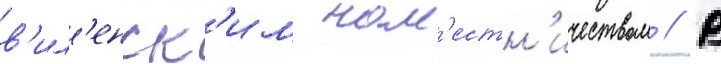
в'ил'енск'им нам'естн'ичеством // В